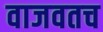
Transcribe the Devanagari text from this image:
वाजवतच